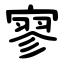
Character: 寥